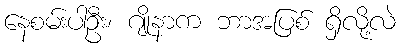
နေစမ်းပါဦး၊ ဂျိုနာက ဘာအပြစ် ရှိလို့လဲ